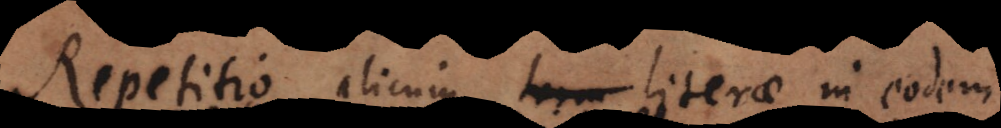
Repetitio alicujus term literae in eod